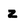
Character: z